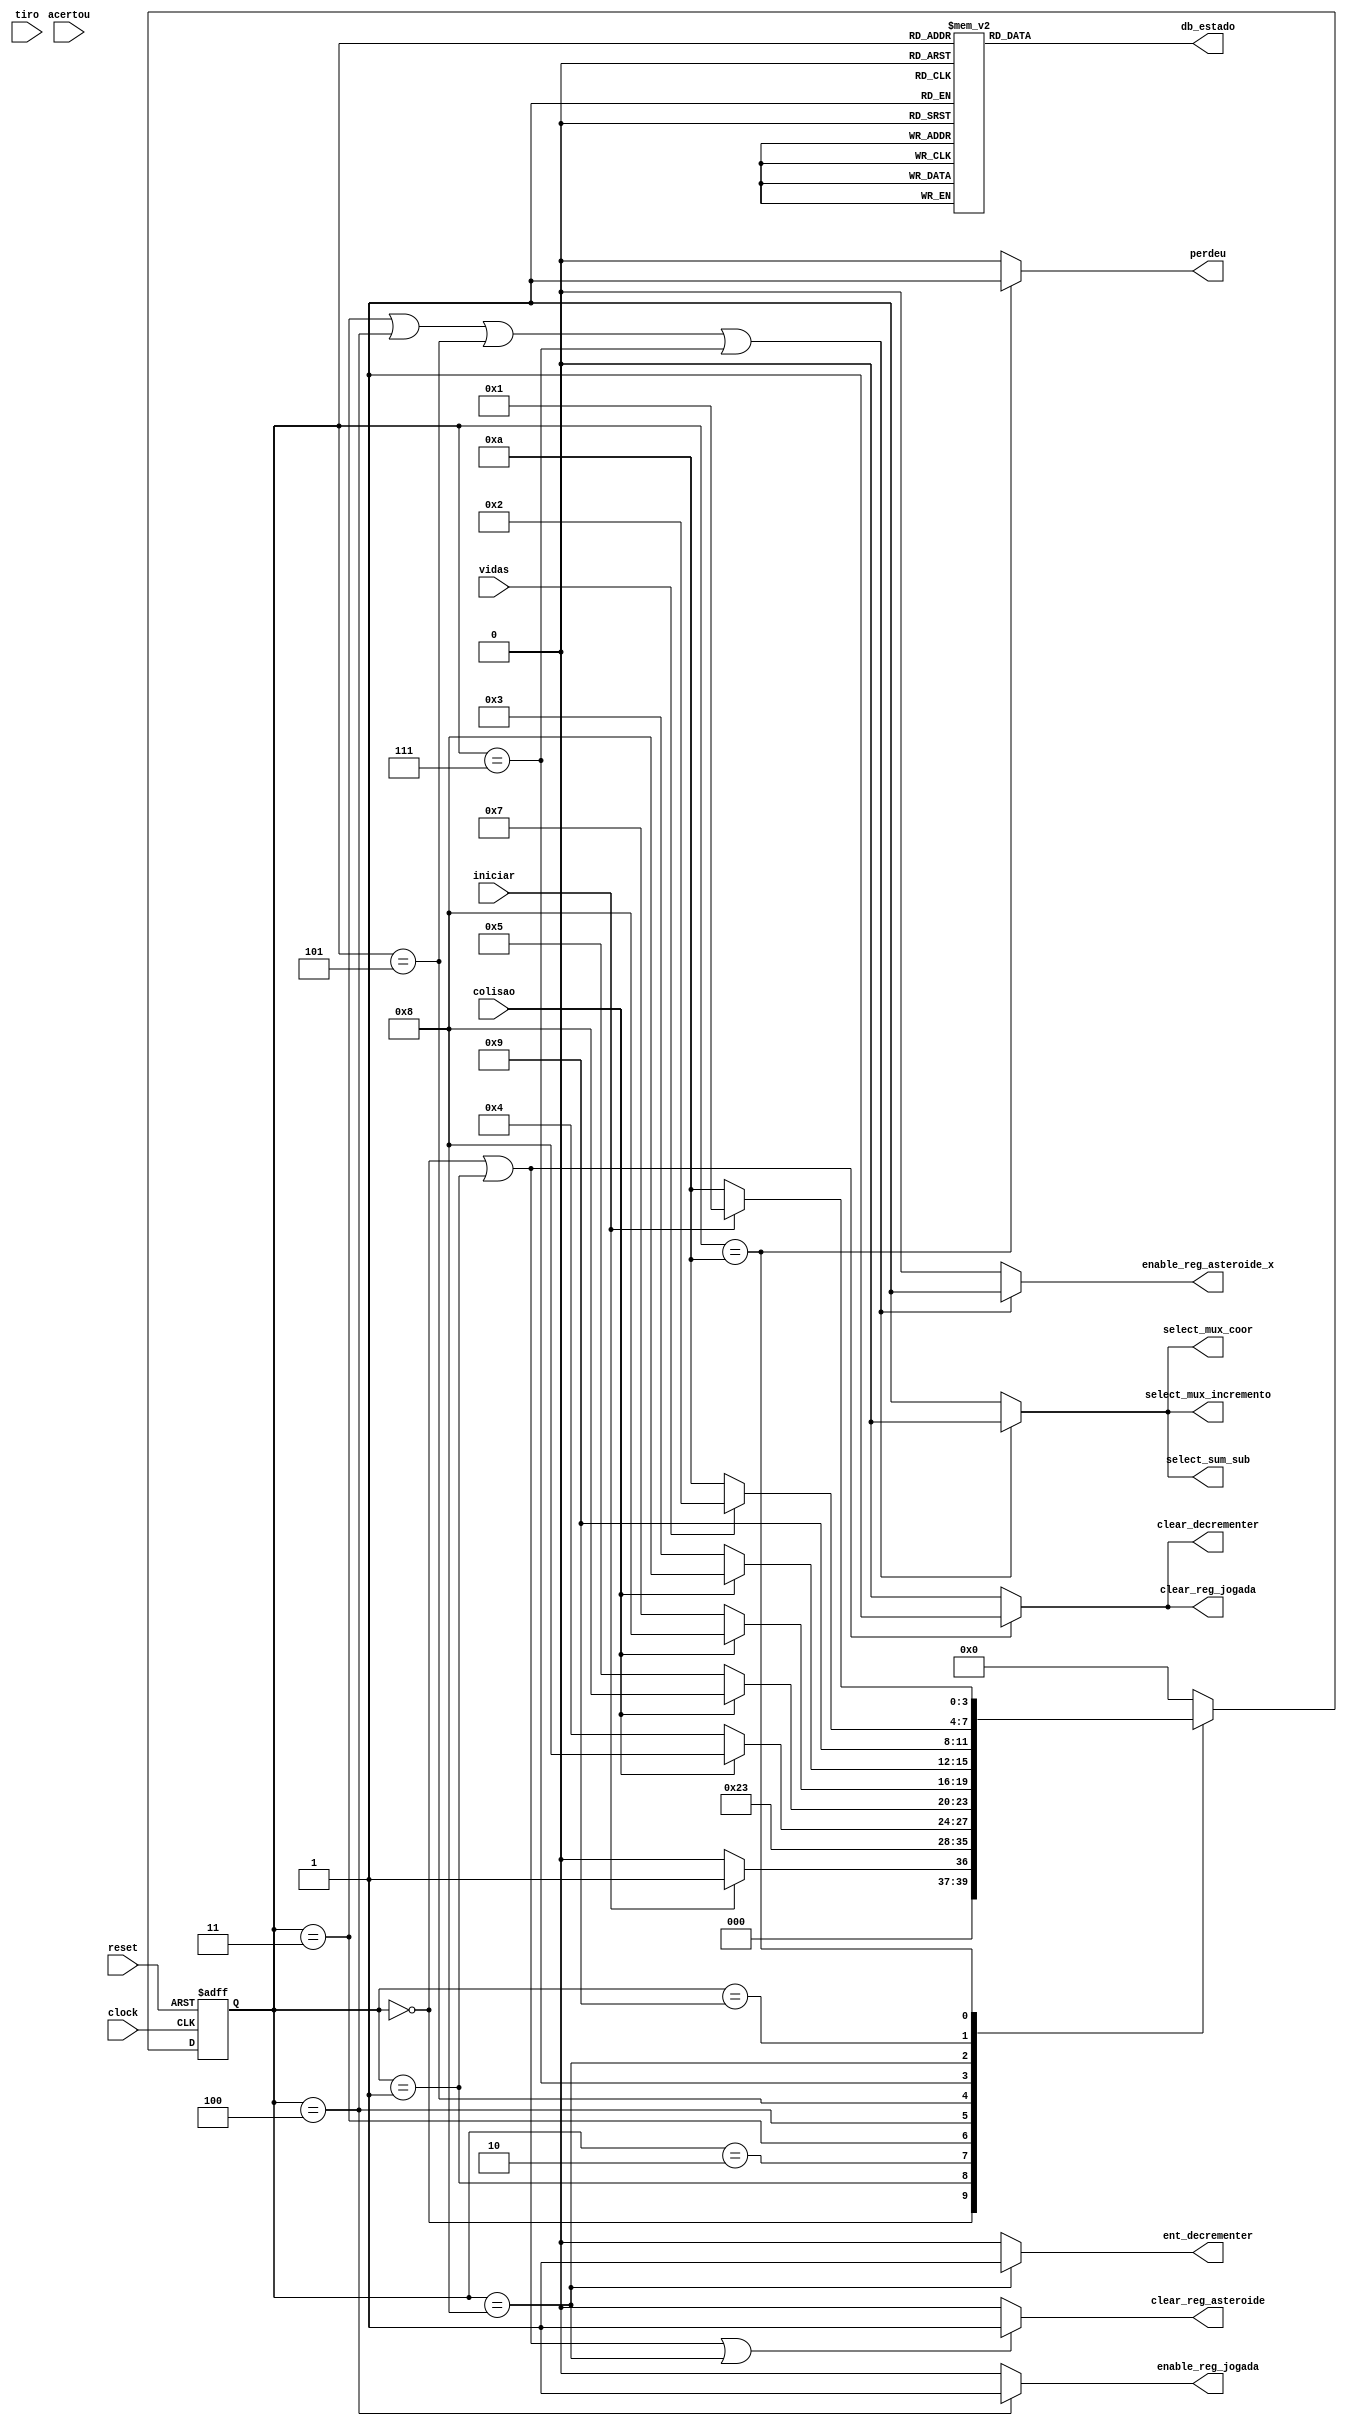
module uc_jogo_principal (
    input clock,
    input reset,
    input iniciar,
    input tiro,
    input colisao,
    input acertou,
    input vidas,

    output reg clear_reg_asteroide,
    output reg enable_reg_asteroide_x,

    output reg clear_reg_jogada,
    output reg enable_reg_jogada,

    output reg clear_decrementer,
    output reg ent_decrementer,
    output reg select_mux_coor,
    output reg select_mux_incremento,
    output reg select_sum_sub,

    //db
    output reg perdeu,
    output reg [5:0] db_estado
);
    
    /* declarao dos estados dessa UC */
    parameter inicio                = 6'b000000; // 0
    parameter inicializa_elementos  = 6'b000001; // 1
    parameter gera_asteroide        = 6'b000010; // 2
    parameter espera_jogada         = 6'b000011; // 3
    parameter registra_jogada       = 6'b000100; // 4
    parameter compara_jogada        = 6'b000101; // 5
    // parameter destroi_asteroide     = 6'b000110; 
    parameter proxima_jogada        = 6'b000111; // 7
    parameter perde_vida            = 6'b001000; // 8
    parameter compara_vidas         = 6'b001001; // 9
    parameter game_over             = 6'b001010; // 10


    // Variveis de estado
    reg [3:0] estado_atual, proximo_estado;

    // Memria de estado
    always @(posedge clock or posedge reset) begin
        if (reset)
            estado_atual <= inicio;
        else
            estado_atual <= proximo_estado;
    end

    // Lgica de transio de estados
    always @* begin
        case (estado_atual)
            inicio:               proximo_estado = iniciar ? inicializa_elementos : inicio;
            inicializa_elementos: proximo_estado = gera_asteroide; 
            gera_asteroide:       proximo_estado = espera_jogada;

            espera_jogada:        proximo_estado = colisao ? perde_vida : registra_jogada;
            registra_jogada:      proximo_estado = colisao ? perde_vida : compara_jogada;
            compara_jogada:       proximo_estado = colisao ? perde_vida : proxima_jogada;
            proxima_jogada:       proximo_estado = colisao ? perde_vida : espera_jogada;

            perde_vida:		      proximo_estado = compara_vidas; 
            compara_vidas:		  proximo_estado = vidas ? gera_asteroide : game_over;
            game_over:            proximo_estado = iniciar ? inicializa_elementos : game_over;
            default:              proximo_estado = inicio;
        endcase
    end

    // Lgica de sada (maquina Moore)
    always @* begin
        clear_reg_asteroide    =   (estado_atual == inicio               ||
                                    estado_atual == inicializa_elementos ||
                                    estado_atual == perde_vida           )? 1'b1 : 1'b0;

        enable_reg_asteroide_x =   (estado_atual == espera_jogada         ||
                                    estado_atual == registra_jogada       ||
                                    estado_atual == compara_jogada        ||
                                    estado_atual == proxima_jogada        )? 1'b1 : 1'b0;

        clear_reg_jogada       =   (estado_atual == inicio               ||
                                    estado_atual == inicializa_elementos  ) ? 1'b1 : 1'b0;

        enable_reg_jogada      =   (estado_atual == registra_jogada) ? 1'b1 : 1'b0;


        clear_decrementer      =   (estado_atual == inicio               ||
                                    estado_atual == inicializa_elementos ) ? 1'b1 : 1'b0;
        
        ent_decrementer        =   (estado_atual == perde_vida           ) ? 1'b1 : 1'b0;

        select_mux_coor        =   (estado_atual == espera_jogada         ||
                                    estado_atual == registra_jogada       ||
                                    estado_atual == compara_jogada        ||
                                    estado_atual == proxima_jogada        )? 1'b0 : 1'b1;


        // select_mux_coor        =    1'b0;
        // select_mux_incremento  =    1'b0;
        // select_sum_sub         =    1'b0;
        
        select_mux_incremento  =   (estado_atual == espera_jogada         ||
                                    estado_atual == registra_jogada       ||
                                    estado_atual == compara_jogada        ||
                                    estado_atual == proxima_jogada        )? 1'b0 : 1'b1;


        select_sum_sub         = (estado_atual == espera_jogada           ||
                                    estado_atual == registra_jogada       ||
                                    estado_atual == compara_jogada        ||
                                    estado_atual == proxima_jogada        )? 1'b0 : 1'b1;


        perdeu                 =   (estado_atual == game_over               ) ? 1'b1 : 1'b0;

        // Sada de depurao (estado)
        case (estado_atual)
            inicio:                db_estado = 6'b000000; // 0
            inicializa_elementos:  db_estado = 6'b000001; // 1
            gera_asteroide:        db_estado = 6'b000010; // 2
            espera_jogada:         db_estado = 6'b000011; // 3
            registra_jogada:       db_estado = 6'b000100; // 4
            compara_jogada:        db_estado = 6'b000101; // 5
            // destroi_asteroide:     db_estado = 6'b000110; // 6
            proxima_jogada:        db_estado = 6'b000111; // 7
            perde_vida:            db_estado = 6'b001000; // 8
			compara_vidas:         db_estado = 6'b001001; // 9
            game_over:             db_estado = 6'b001010; // 10
            default:               db_estado = 6'b000000; 
        endcase
    end

endmodule